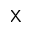
\mathsf { X }